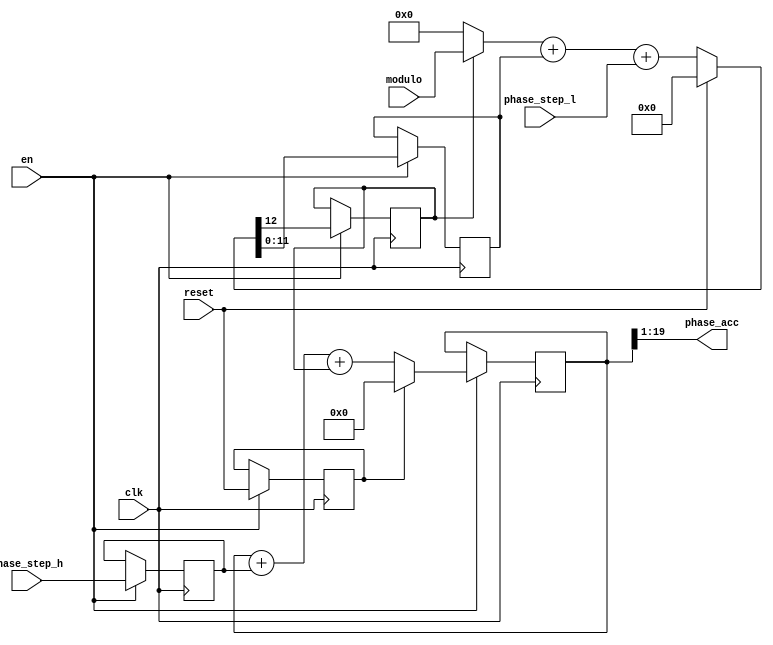
`timescale 1ns / 1ns

// Phase accumulator, to act as basis for DDS (direct digital synthesizer).
// Tuned to allow 32-bit control, divided 20-bit high and 12-bit low,
// which gets merged to 32-bit binary when modulo is zero.
// But also supports non-binary frequencies: see the modulo input port.
module ph_acc(
	input clk,  // Rising edge clock input; all logic is synchronous in this domain
	input reset,  // Active high, synchronous with clk
	input en,   // Enable
	output [18:0] phase_acc,  // Output phase word
	input [19:0] phase_step_h,  // High order (coarse, binary) phase step
	input [11:0] phase_step_l,  // Low order (fine, possibly non-binary) phase step
	input [11:0] modulo  // Encoding of non-binary modulus; 0 means binary
);

reg carry=0, reset1=0;
reg [19:0] phase_h=0, phase_step_hp=0;
reg [11:0] phase_l=0;
always @(posedge clk) if (en) begin
	{carry, phase_l} <= reset ? 13'b0 : ((carry ? modulo : 12'b0) + phase_l + phase_step_l);
	phase_step_hp <= phase_step_h;
	reset1 <= reset;
	phase_h <= reset1 ? 20'b0 : (phase_h + phase_step_hp + carry);
end
assign phase_acc=phase_h[19:1];

endmodule